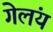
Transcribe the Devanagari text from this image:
गेलंय